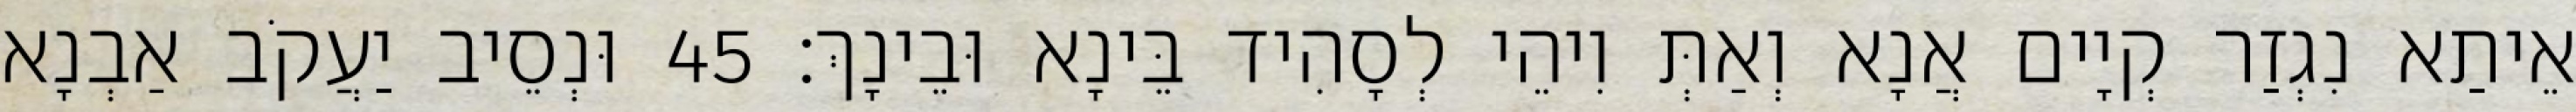
אֵיתַא נִגְזַר קְיָים אֲנָא וְאַתְּ וִיהֵי לְסָהִיד בֵּינָא וּבֵינָךְ׃ 45 וּנְסֵיב יַעֲקֹב אַבְנָא